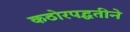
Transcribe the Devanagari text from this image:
कठोरपद्धतीने